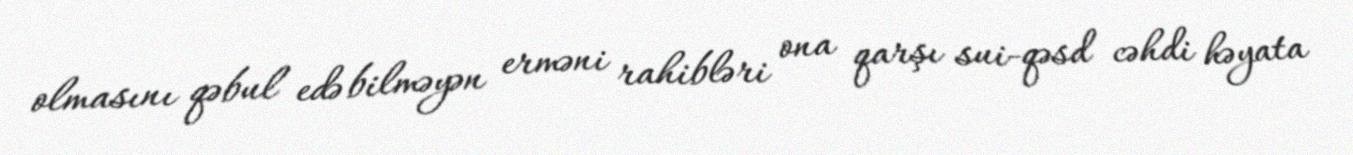
olmasını qəbul edə bilməyən erməni rahibləri ona qarşı sui-qəsd cəhdi həyata